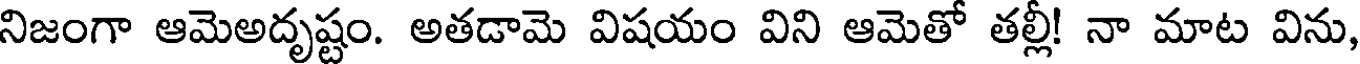
నిజంగా ఆమెఅదృష్టం. అతడామె విషయం విని ఆమెతో తల్లీ! నా మాట విను,